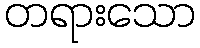
တရားသော